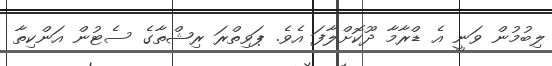
ލިބުމުން ވަނީ އެ ޑްރާމާ ދޫކޮށްލާފަ އެވެ. ޕަވިތްރަ ރިޝްތާގެ ސެޓުން އަންކިތާ